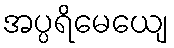
အပ္ပရိမေယျေ